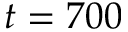
t = 7 0 0